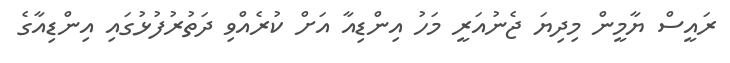
ރައީސް ޔާމީން މިދިޔަ ޖެނުއަރީ މަހު އިންޑިއާ އަށް ކުރެއްވި ދަތުރުފުޅުގައި އިންޑިއާގެ